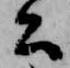
公